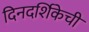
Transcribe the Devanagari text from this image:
दिनदर्शिकेची